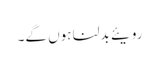
رویئے بدلنا ہوں گے۔